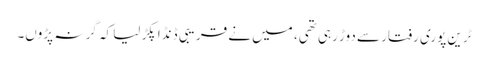
ٹرین پوری رفتار سے دوڑ رہی تھی، میں نے قریبی ڈنڈا پکڑ لیا کہ گر نہ پڑوں۔